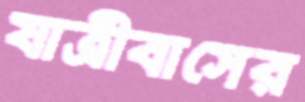
যাত্রীবাসের